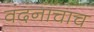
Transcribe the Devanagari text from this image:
वंदनाचाच